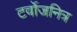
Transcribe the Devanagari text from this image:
टर्वोजनित्र